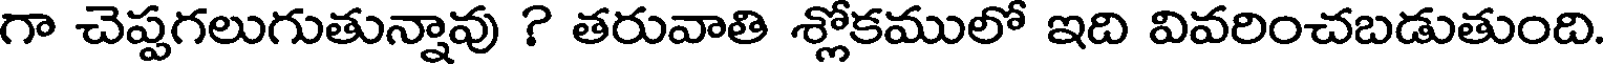
గా చెప్పగలుగుతున్నావు ? తరువాతి శ్లోకములో ఇది వివరించబడుతుంది